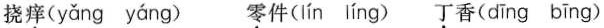
挠痒( yǎng yáng ) 零件( lín líng ) 丁香( dīng bīng )